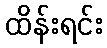
ထိန်းရင်း